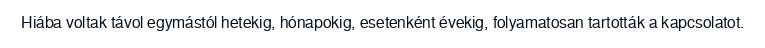
Hiába voltak távol egymástól hetekig, hónapokig, esetenként évekig, folyamatosan tartották a kapcsolatot.